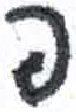
אות: פ